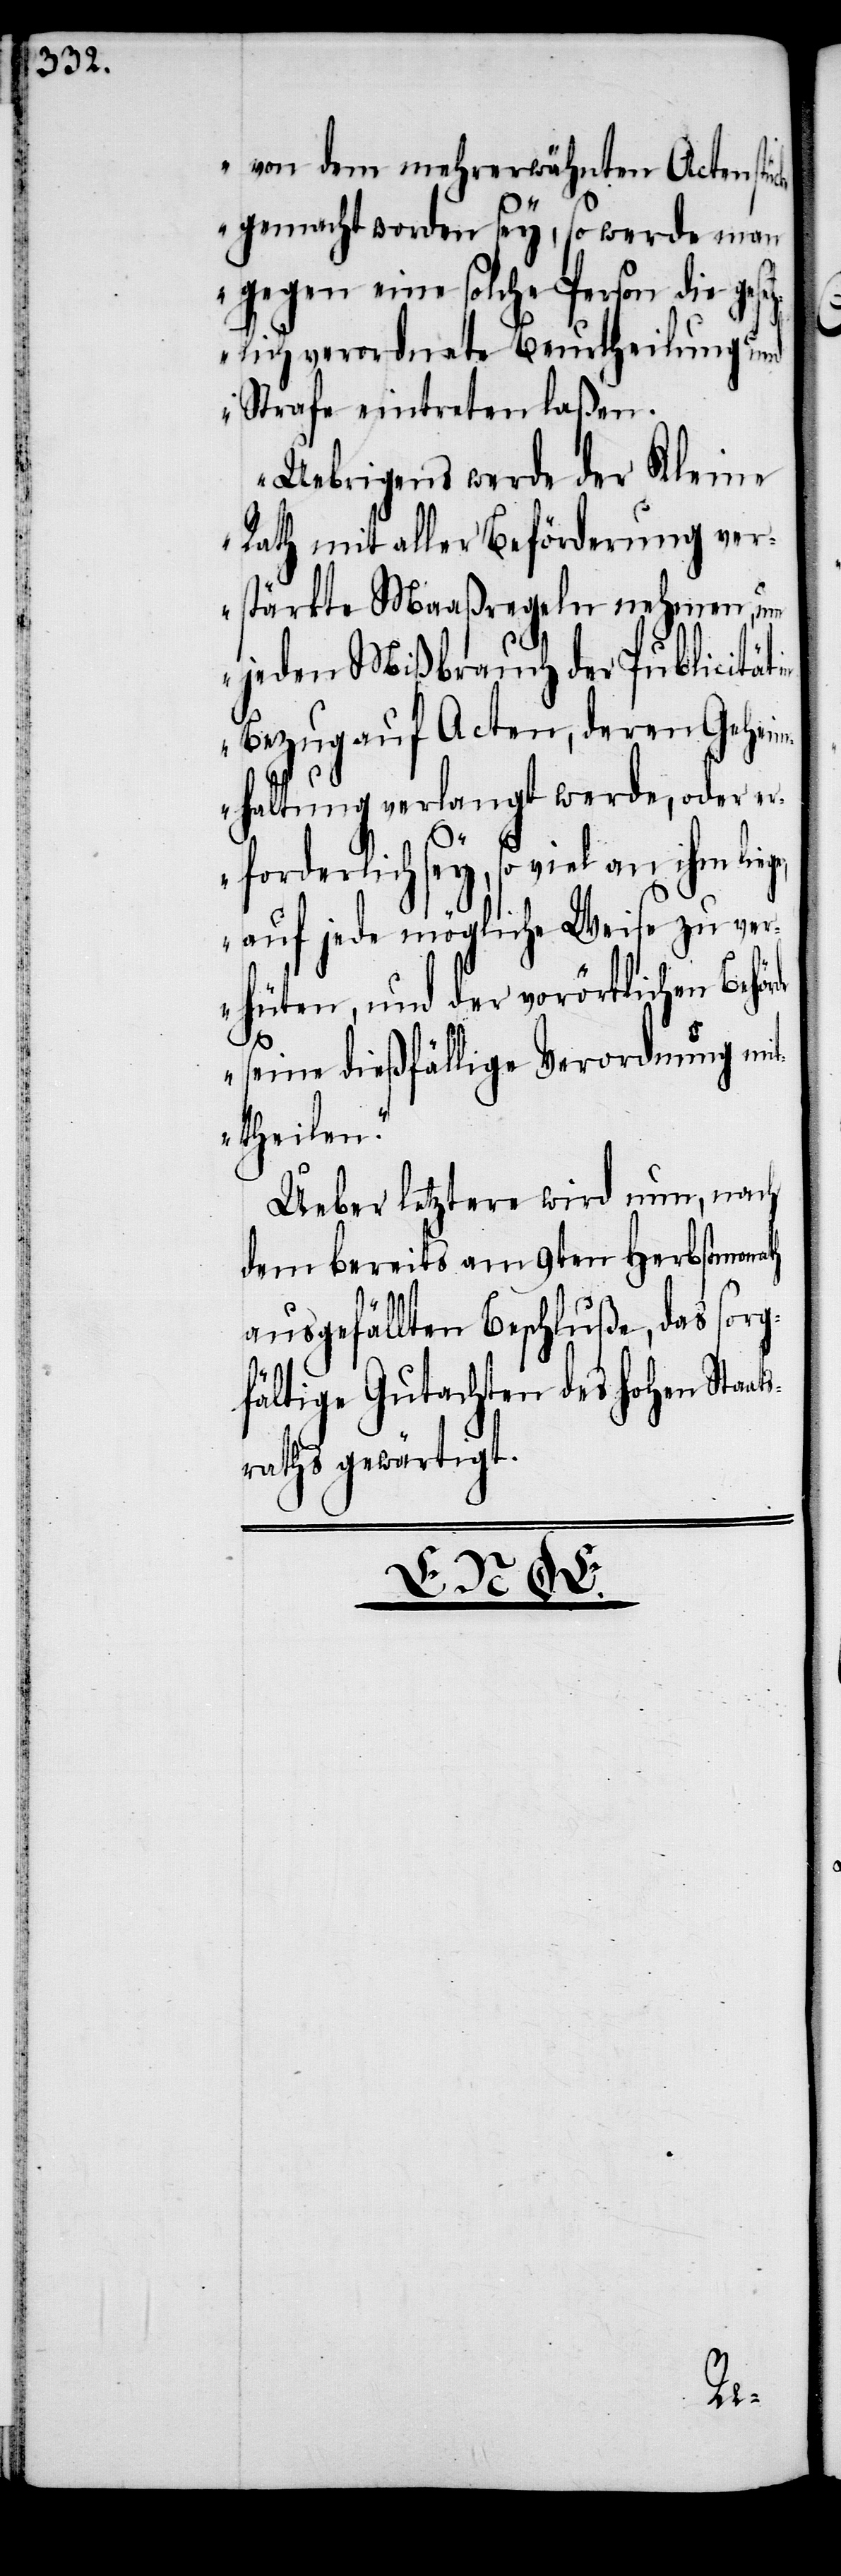
von dem mehrerwähnten Actenstücke
gemacht worden sey, so werde man
gegen eine solche Person die gese¬
tzlich verordnete Beurtheilung und
Strafe eintreten laßen.
Uebrigens werde der Kleine
Rath mit aller Beförderung ver¬
stärkte Maaßregeln nehmen, um
jeden Mißbrauch der Publicität
Bezug auf Acten, deren Geheim¬
haltung verlangt werde, oder er¬
forderlich sey, so viel an ihm lie¬
auf jede mögliche Weise zu ver¬
hüten, und der vorörtlichen Beh¬
seine dießfällige Verordnung mit¬
theilen.“
Ueber letztere wird nun, nach
dem bereits am 9ten Herbstmonath
ausgefällten Beschluße, das sorg¬
fältige Gutachten des hohen Staat¬
raths gewärtigt.

s¬